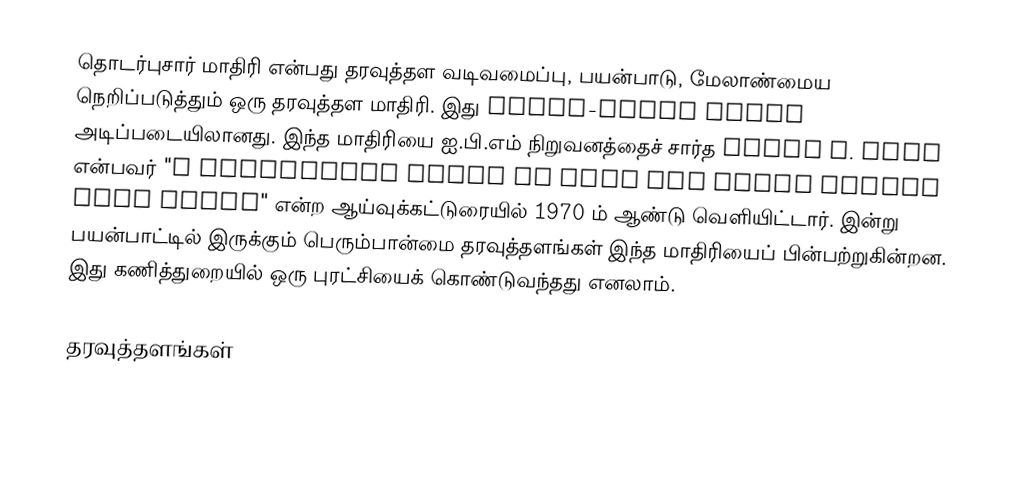
தொடர்புசார் மாதிரி என்பது தரவுத்தள வடிவமைப்பு, பயன்பாடு, மேலாண்மைய நெறிப்படுத்தும் ஒரு தரவுத்தள மாதிரி.  இது First-order logic அடிப்படையிலானது.  இந்த மாதிரியை ஐ.பி.எம் நிறுவனத்தைச் சார்த Edgar F. Codd என்பவர் "A Relational Model of Data for Large Shared Data Banks" என்ற ஆய்வுக்கட்டுரையில் 1970 ம் ஆண்டு வெளியிட்டார்.  இன்று பயன்பாட்டில் இருக்கும் பெரும்பான்மை தரவுத்தளங்கள் இந்த மாதிரியைப் பின்பற்றுகின்றன.  இது கணித்துறையில் ஒரு புரட்சியைக் கொண்டுவந்தது எனலாம்.

தரவுத்தளங்கள்